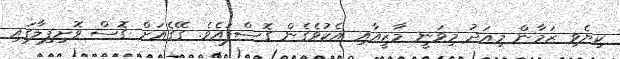
ކިޔެވި ޒަމާން މިއަދު މިވަނީ މާޒީއާއި އެކުވެގެން ގޮސްފައެވެ. ގޭގެއަށް ގޮސް ވޮށިފިލާގައި